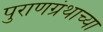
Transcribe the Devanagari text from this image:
पुराणग्रंथाच्या